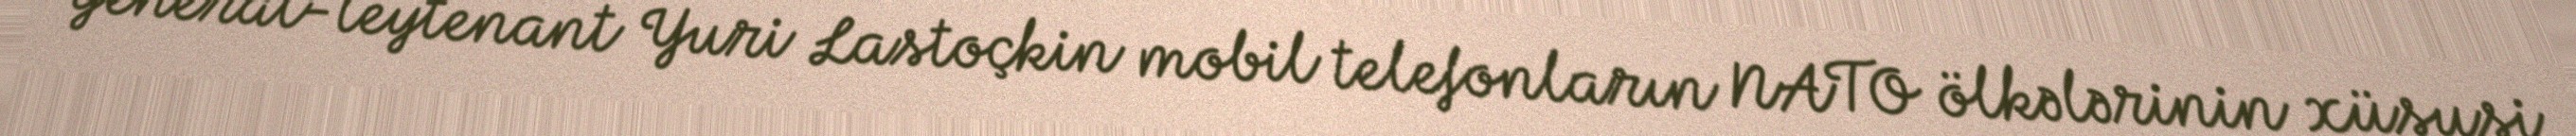
general-leytenant Yuri Lastoçkin mobil telefonların NATO ölkələrinin xüsusi